Report on the Nagpur School of Medicine, Central Provinces
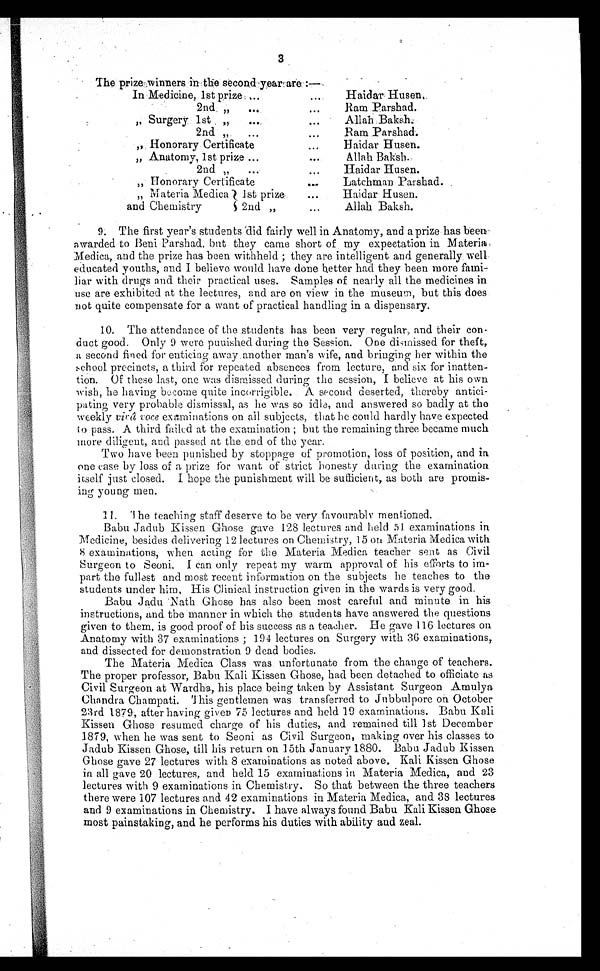
Nisi
3
The prize winners in the second year are:–
In Medicine, 1st prize
Haidar
Husen
2n ,,
Ram Parshad
„ Surgery 1st ,,
Allah Baksh
2nd
Ram Parshad.
„ Honorary Certificate
Haidar Husen
„ Anatomy, 1st prize
Allah Baksh
2nd ,,
Haider Husen
„ Honorary Certificate
Latchman
Latchman Parshad
,, Materia Medica 1st prize,
Haidar Husen
and Chemistry
2nd ,,
Allah Baksh
9. The first year's students did fairly well in Anatomy, and a prize has been
awarded to Beni Parshad, but they came short of my expectation in Materia
Medica, and the prize has been withheld; they are intelligent and generally well
educated youths, and I believe would have done better had they been more fami-
liar with drugs and their practical uses. Samples of nearly all the medicines in
use are exhibited at the lectures, and are on view in the museum, but this does
not quite compensate for a want of practical handling in a dispensary.
10. The attendance of the students has been very regular, and their con-
-
duct good. Only 9 were punished during the Session. One dismissed for theft,
a s e c o n d f i n e d f o r e n t i c i n g a w a y . a n o t h e r m a n ' s w i f e , a n d b r i n g i n g h e r w i t h i n t h e
school precincts, a third for repeated absences from lecture, and six for inatten-
tion. Of these last, one was dismissed during the session, I believe at his own
wish, he having become quite incorrigible. A second deserted, thereby antici-
pating very probable dismissal, as he was so idle, and answered so badly at the
weekly vira voce examinations on all subjects, that he could hardly have expected
t o p a s s . A t h i r d f a i l e d a t t h e e x a m i n a t i o n ; b u t t h e r e m a i n i n g t h r e e b e c a m e m u c h
more diligent, and passed at the . end of the year.
Two have been punished by stoppage of promotion, loss of position, and in
one case by loss of a prize for want of strict honesty daring the examination
itself just closed. I hope the punishment will be sufficient, as both are promis--
ing young men.
11.
The teaching staff deserve to be very favourabl y mentioned.
Babu Jadub Kissen Ghose gave 128 lectures and held 51 examinations in
Medicine, besides delivering 12 lectures on Chemistry, 15 on Materia Medica with
8 examinations, when acting for the Materia Medica teacher sent as Civil
Surgeon to Seoni. I can only repeat my warm approval of his efforts to im
-part the fullest and most recent information on the subjects he teaches to the.
students under him, His Clinical instruction given in the wards is very good.
Babu Jadu Nath Ghose has also been most careful and minute in his
instructions, and the manner in which the students have answered the questions
given to them, is good proof of his success as a teacher. He gave 116 lectures on
Anatomy with 37 examinations ; 194 lectures on Surgery with 36 examinations,
and dissected for demonstration 9 dead bodies.
The Materia Medica Class was unfortunate from the change of teachers.
The proper professor, Babu Kali Kissen Ghose, had been detached to officiate as
Civil Surgeon at Wardha, his place being taken by Assistant Surgeon , Amulya
Chandra Champati. This gentlemen was transferred to Jubbulpore on October
23rd 1879 , after having given 75 lectures and held 19 examinations. Babu Kali
Kissen Ghose resumed charge of his duties, and remained till 1st December
1879, when he was sent to Seoni as Civil Surgeon, making over his classes to
Jadub Kissen Ghose, till his return on 15th January 1880. Babu Jadub Kissen
Ghose gave 27 lectures with 8 examinations as noted above. Kali Kissen Ghose
in all gave 20 lectures, and held 15 examinations in Materia Medica, and 23,
lectures with 9 examinations in Chemistry. So that between the three teachers
there were 107 lectures and 42 examinations in Materia Medica, and 38 lectures
and 9 examinations in Chemistry. I have always found Babu Kali Kissen Ghose
most painstaking, and he performs his duties with ability and zeal.